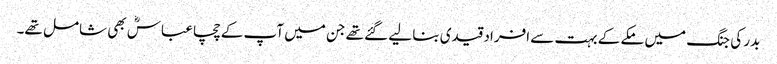
بدر کی جنگ میں مکے کے بہت سے افراد قیدی بنا لیے گئے تھے جن میں آپ کے چچا عباسؓ بھی شامل تھے۔